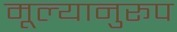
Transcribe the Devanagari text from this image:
मूल्यानुरूप